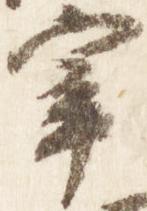
宰